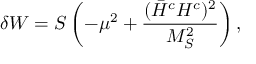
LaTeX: \delta W = S \left( - \mu ^ { 2 } + \frac { ( \bar { H } ^ { c } H ^ { c } ) ^ { 2 } } { M _ { S } ^ { 2 } } \right) ,